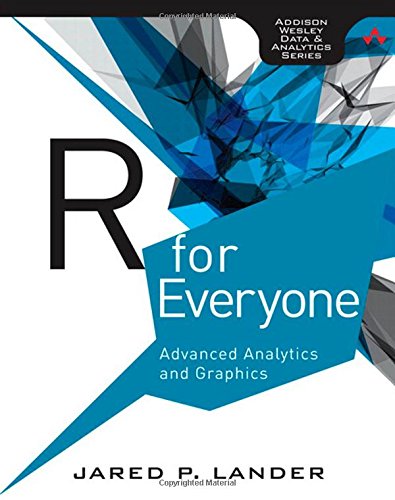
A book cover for R for Everyone: Advanced Analytics and Graphics (Addison-Wesley Data & Analytics Series); Jared Lander; Computers & Technology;